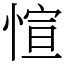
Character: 愃